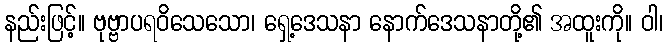
နည်းဖြင့်။ ဗုဗ္ဗာပရဝိသေသော၊ ရှေ့ဒေသနာ နောက်ဒေသနာတို့၏ အထူးကို။ ဝါ၊